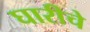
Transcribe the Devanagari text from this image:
घारीचे